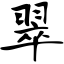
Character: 翠